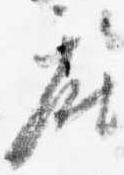
座